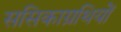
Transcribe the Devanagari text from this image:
ससिकाग्रथियों